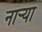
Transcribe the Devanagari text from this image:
नार्‍या